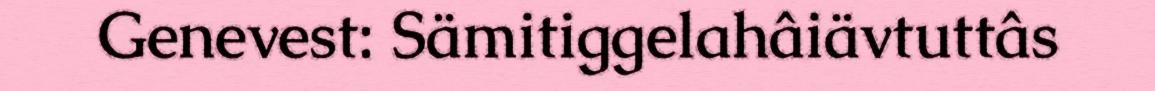
Genevest: Sämitiggelahâiävtuttâs